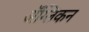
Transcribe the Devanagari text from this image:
ॲंग्लिकन